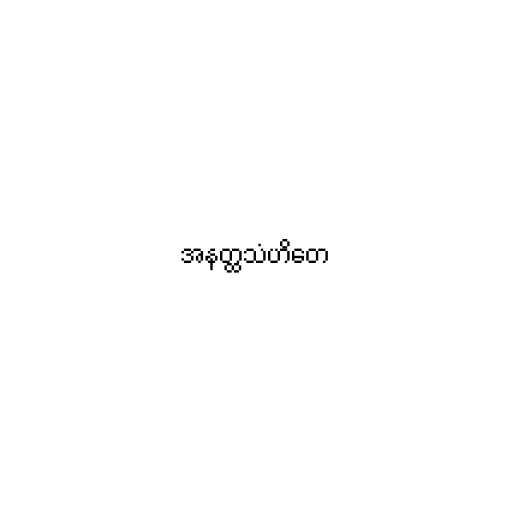
အနတ္ထသံဟိတေ